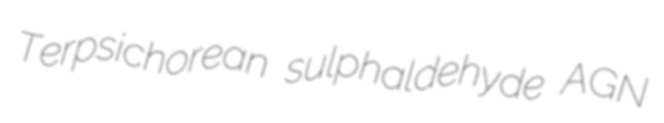
Terpsichorean sulphaldehyde AGN